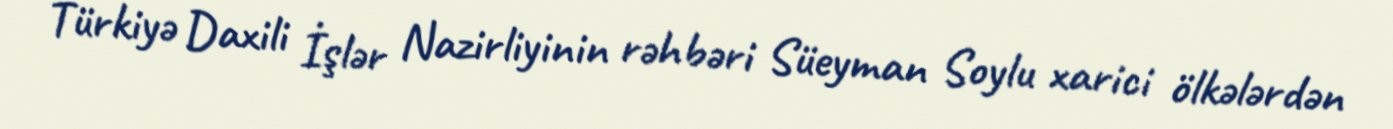
Türkiyə Daxili İşlər Nazirliyinin rəhbəri Süeyman Soylu xarici ölkələrdən